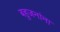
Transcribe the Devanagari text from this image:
बहुजनांना